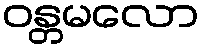
ဝန္တမလော